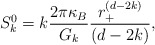
\begin{align*}S_{k}^{0}=k\frac{2\pi \kappa _{B}}{G_{k}}\frac{r_{+}^{(d-2k)}}{(d-2k)},\end{align*}